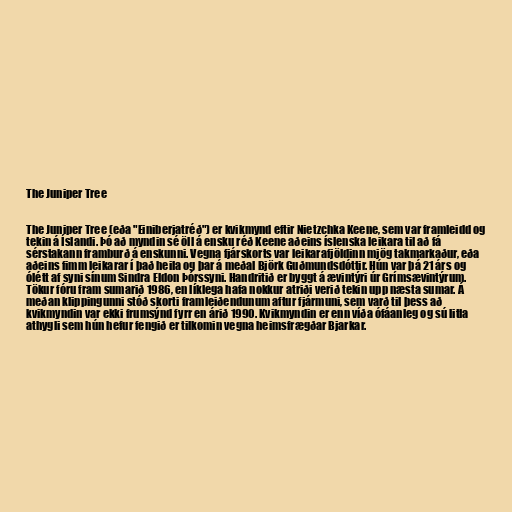
The Juniper Tree

The Juniper Tree (eða "Einiberjatréð") er kvikmynd eftir Nietzchka Keene, sem var framleidd og
tekin á Íslandi. Þó að myndin sé öll á ensku réð Keene aðeins íslenska leikara til að fá
sérstakann framburð á enskunni. Vegna fjárskorts var leikarafjöldinn mjög takmarkaður, eða
aðeins fimm leikarar í það heila og þar á meðal Björk Guðmundsdóttir. Hún var þá 21 árs og
ólétt af syni sínum Sindra Eldon Þórssyni. Handritið er byggt á ævintýri úr Grímsævintýrum.
Tökur fóru fram sumarið 1986, en líklega hafa nokkur atriði verið tekin upp næsta sumar. Á
meðan klippingunni stóð skorti framleiðendunum aftur fjármuni, sem varð til þess að
kvikmyndin var ekki frumsýnd fyrr en árið 1990. Kvikmyndin er enn víða ófáanleg og sú litla
athygli sem hún hefur fengið er tilkomin vegna heimsfrægðar Bjarkar.